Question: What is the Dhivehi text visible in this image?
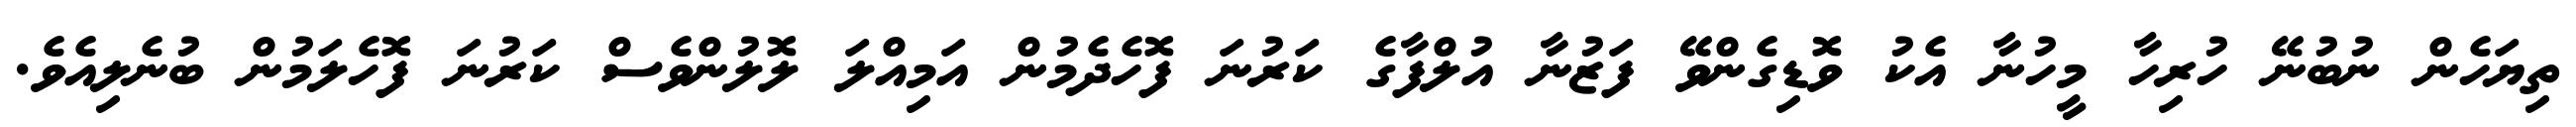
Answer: ތިޔަހެން ނުބުނޭ ހުރިހާ މީހުނާ އެކު ވޮޑިގެންވޭ ފަޒުނާ އުލްފާގެ ކަރުނަ ފޮހެދެމުން އަމިއްލަ ލޮލުންވެސް ކަރުނަ ފޮހެލަމުން ބުނެލިއެވެ.